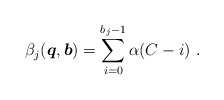
\begin{align*}\beta_j(\boldsymbol{q},\boldsymbol{b}) = \sum\limits_{i = 0}^{{b_j} - 1} {\alpha (C - i)} \ .\end{align*}